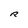
Character: R